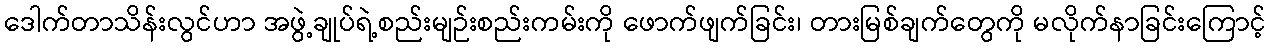
ဒေါက်တာသိန်းလွင်ဟာ အဖွဲ့ချုပ်ရဲ့စည်းမျဉ်းစည်းကမ်းကို ဖောက်ဖျက်ခြင်း၊ တားမြစ်ချက်တွေကို မလိုက်နာခြင်းကြောင့်